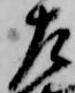
左